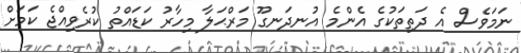
ނަމަވެސް އެ ދަތިތަކުގެ އެންމެ އުނދަނގޫ މަރްޙަލާ މިހާރު ކަޑައްތު ކުރެވިއްޖެ ކަމަށް